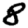
Digit: 8